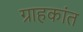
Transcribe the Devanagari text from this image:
ग्राहकांत